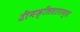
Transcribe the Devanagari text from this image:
श्रीभक्तिसारामृत